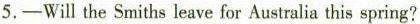
5.—Will the Smiths leave for Australia this spring?